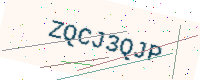
Text: ZQCJ3QJP